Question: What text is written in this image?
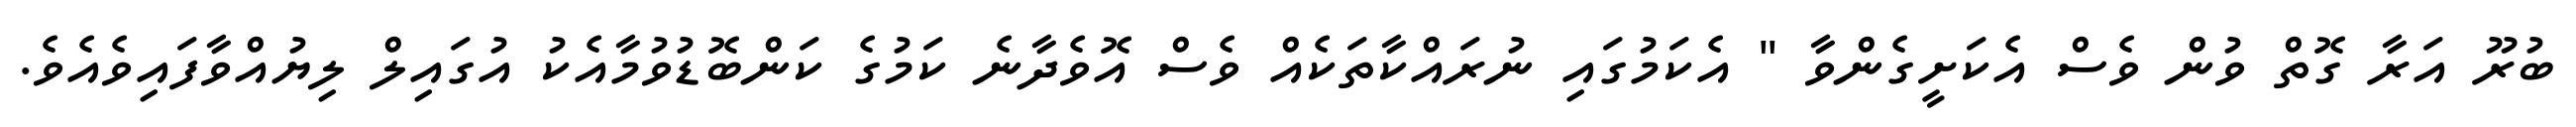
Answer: ބުރޫ އަރާ ގޮތް ވުން ވެސް އެކަށީގެންވާ " އެކަމުގައި ނުރައްކާތަކެއް ވެސް އޮވެދާނެ ކަމުގެ ކަންބޮޑުވުމާއެކު އުގައިލް ލިޔުއްވާފައިވެއެވެ.